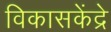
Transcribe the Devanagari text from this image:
विकासकेंद्रे